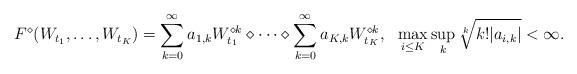
LaTeX: \begin{align*}F^{\diamond}(W_{t_1}, \ldots, W_{t_K}) = \sum\limits_{k=0}^{\infty}a_{1,k} W_{t_1}^{\diamond k} \diamond \cdots \diamond \sum\limits_{k=0}^{\infty} a_{K,k} W_{t_K}^{\diamond k}, \ \ \max_{i \leq K}\sup\limits_{k} \sqrt[k]{k! |a_{i,k}|} < \infty. \end{align*}